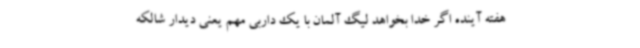
هفته آینده اگر خدا بخواهد لیگ آلمان با یک داربی مهم یعنی دیدار شالکه